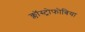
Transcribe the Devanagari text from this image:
क्लॉस्ट्रोफोबिया